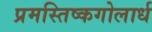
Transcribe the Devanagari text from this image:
प्रमस्तिष्कगोलार्ध